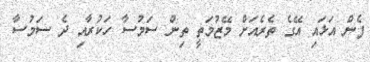
ފެން އަޅައި އޭގެ ތެރެއަށް މޭޒުމަތީ ތިން ސަމުސާ ހަކުރާއި ދެ ސަމުސާ